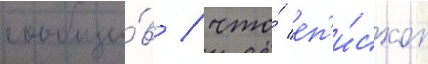
сообщи́в / что́ еп'и́скоп